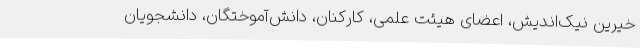
خیرین نیک‌اندیش، اعضای هیئت علمی، کارکنان، دانش‌آموختگان، دانشجویان